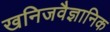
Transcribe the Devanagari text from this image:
खनिजवैज्ञानिक